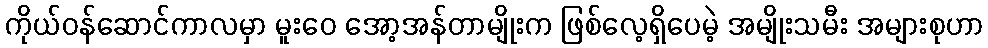
ကိုယ်ဝန်ဆောင်ကာလမှာ မူးဝေ အော့အန်တာမျိုးက ဖြစ်လေ့ရှိပေမဲ့ အမျိုးသမီး အများစုဟာ